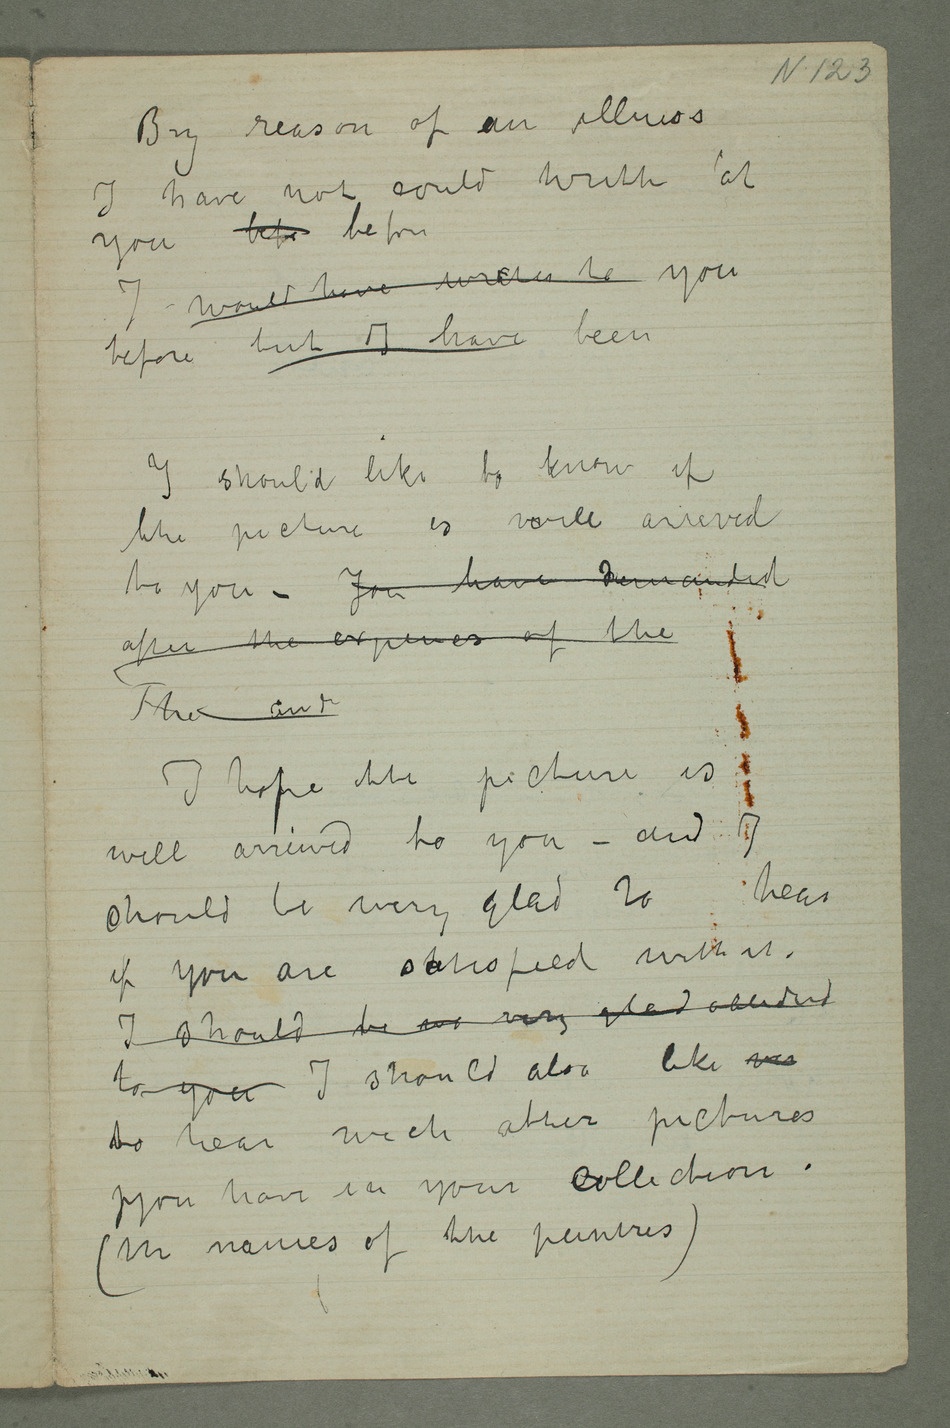
By reason of ian illness
I have not could writh at
you befo before
I would have writen to you
before but I have been
the picture is well arrived
to you – Jou have demanded
after the expences of the The
I hope the picture is
well arrived to you – and I
should be very glad to hear
if you are satisfied with it.
to hear wich other pictures
you have in your collection.
(the names of the peintres)